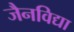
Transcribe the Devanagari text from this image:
जैनविद्या